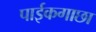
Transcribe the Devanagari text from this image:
पाईकगाछा